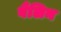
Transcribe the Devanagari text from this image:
वैलिन